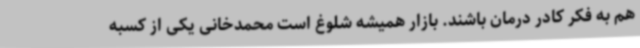
هم به فکر کادر درمان باشند. بازار همیشه شلوغ است محمدخانی یکی از کسبه